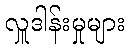
လှူဒါန်းမှုများ